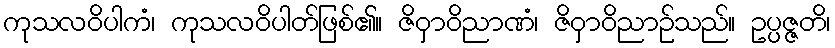
ကုသလဝိပါကံ၊ ကုသလဝိပါတ်ဖြစ်၏။ ဇိဝှာဝိညာဏံ၊ ဇိဝှာဝိညာဉ်သည်။ ဥပ္ပဇ္ဇတိ၊